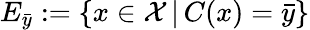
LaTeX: E_{\bar{y}}:=\{ x\in\mathcal{X}\, |\, C(x)=\bar{y}\}